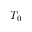
T _ { 0 }